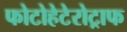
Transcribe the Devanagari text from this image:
फोटोहेटेरोट्राफ